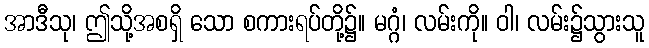
အာဒီသု၊ ဤသို့အစရှိ သော စကားရပ်တို့၌။ မဂ္ဂံ၊ လမ်းကို။ ဝါ၊ လမ်း၌သွားသူ